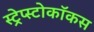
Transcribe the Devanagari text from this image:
स्ट्रेप्स्टोकॉकस